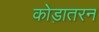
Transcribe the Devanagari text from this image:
कोड़ातरन